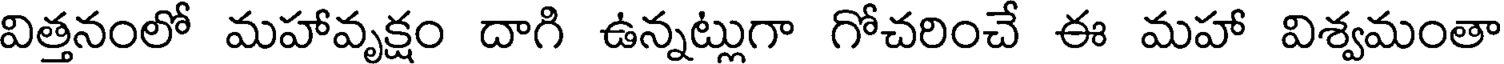
విత్తనంలో మహావృక్షం దాగి ఉన్నట్లుగా గోచరించే ఈ మహా విశ్వమంతా